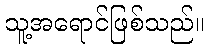
သူ့အရောင်ဖြစ်သည်။